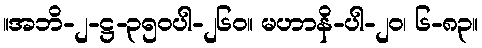
။အဘိ-၂-ဋ္ဌ-၃၅၀ပါ-၂၆၀။ မဟာနိ-ပါ-၂၀၊ ၆-၈၃။